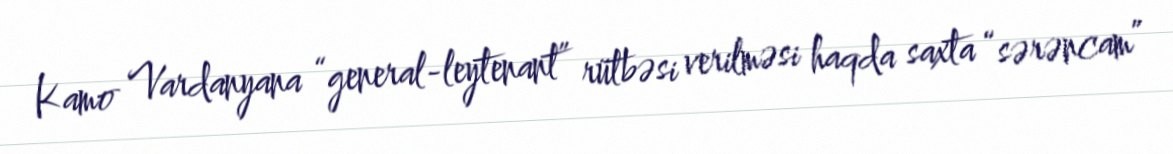
Kamo Vardanyana “general-leytenant” rütbəsi verilməsi haqda saxta “sərəncam”